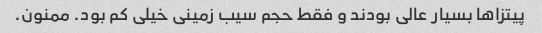
پیتزاها بسیار عالی بودند و فقط حجم سیب زمینی خیلی کم بود. ممنون.